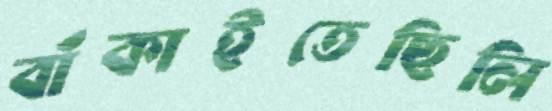
বাঁকাইতেছিলি